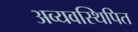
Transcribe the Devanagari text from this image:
अव्यवस्थिपित